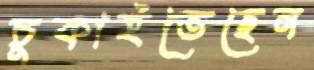
চুকাইতেছেন